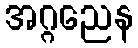
အဂ္ဂညေန